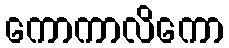
ကောကာလိကော